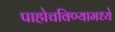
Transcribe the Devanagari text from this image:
पाहोचविण्यामध्ये